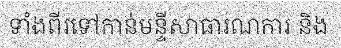
ទាំងពីរទៅកាន់មន្ទីសាធារណការ និង